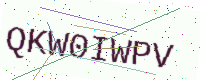
Text: QKW0IWPV